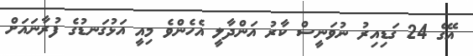
އޭގެ 24 ގަޑިއިރު ނުވަނީސް ކާރު އަންދާލީ އެހެންވެ މިއީ އަޅުގަނޑުގެ ފުރާނައަށް